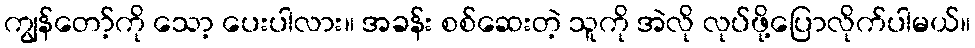
ကျွန်တော့်ကို သော့ ပေးပါလား။ အခန်း စစ်ဆေးတဲ့ သူကို အဲလို လုပ်ဖို့ပြောလိုက်ပါမယ်။